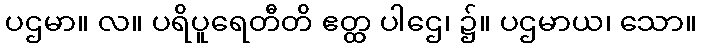
ပဌမာ။ လ။ ပရိပူရေတီတိ ဧတ္ထ ပါဌေ၊ ၌။ ပဌမာယ၊ သော။